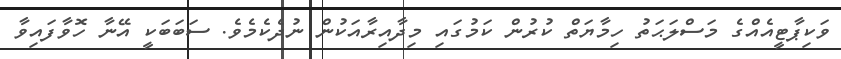
ވަކިޕާޓީއެއްގެ މަސްލަޙަތު ހިމާޔަތް ކުރުން ކަމުގައި މިދާއިރާއަކުން ނުދެކެމެވެ. ސަބަބަކީ އޭނާ ހޮވާފައިވާ